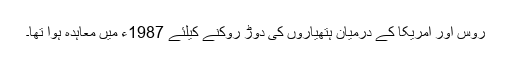
روس اور امریکا کے درمیان ہتھیاروں کی دوڑ روکنے کیلئے 1987ء میں معاہدہ ہوا تھا۔